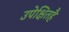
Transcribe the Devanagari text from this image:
उपेक्षितहै